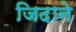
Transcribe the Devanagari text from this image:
जिदाने